Indian journal of veterinary science and animal husbandry - Volume 7,
Year: 1937
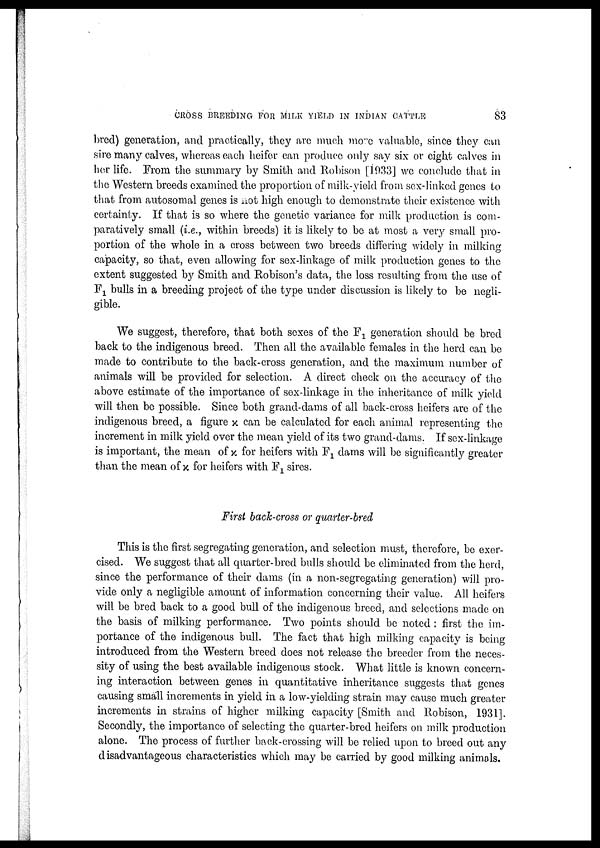
CROSS BREEDING FOR MILK YIELD IN INDIAN CATTLE
83
bred) generation, and practically, they are much more valuable, since they can
sire many calves, whereas each heifer can produce only say six or eight calves in
her life. From the summary by Smith and Robison [1933] we conclude that in
the Western breeds examined the proportion of milk-yield from sex-linked genes to
that from autosomal genes is not high enough to demonstrate their existence with
certainty. If that is so where the genetic variance for milk production is com-
paratively small (i.e., within breeds) it is likely to be at most a very small pro-
portion of the whole in a cross between two breeds differing widely in milking
capacity, so that, even allowing for sex-linkage of milk production genes to the
extent suggested by Smith and Robison's data, the loss resulting from the use of
F 1 bulls in a breeding project of the type under discussion is likely to be negli-
gible.
We suggest, therefore, that both sexes of the F 1 generation should be bred
back to the indigenous breed. Then all the available females in the herd can be
made to contribute to the back-cross generation, and the maximum number of
animals will be provided for selection. A direct check on the accuracy of the
above estimate of the importance of sex-linkage in the inheritance of milk yield
will then be possible. Since both grand-dams of all back-cross heifers are of the
indigenous breed, a figure x can be calculated for each animal representing the
increment in milk yield over the mean yield of its two grand-dams. If sex-linkage
is important, the mean of x for heifers with F 1 dams will be significantly greater
than the mean of x for heifers with F 1 sires.
First back-cross or quarter-bred
This is the first segregating generation, and selection must, therefore, be exer-
cised. We suggest that all quarter-bred bulls should be eliminated from the herd,
since the performance of their dams (in a non-segregating generation) will pro-
vide only a negligible amount of information concerning their value. All heifers
will be bred back to a good bull of the indigenous breed, and selections made on
the basis of milking performance. Two points should be noted : first the im-
portance of the indigenous bull. The fact that high milking capacity is being
introduced from the Western breed does not release the breeder from the neces-
sity of using the best available indigenous stock. What little is known concern-
ing interaction between genes in quantitative inheritance suggests that genes
causing small increments in yield in a low-yielding strain may cause much greater
increments in strains of higher milking capacity [Smith and Robison, 1931].
Secondly, the importance of selecting the quarter-bred heifers on milk production
alone. The process of further back-crossing will be relied upon to breed out any
disadvantageous characteristics which may be carried by good milking animals.